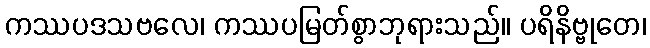
ကဿပဒသဗလေ၊ ကဿပမြတ်စွာဘုရားသည်။ ပရိနိဗ္ဗုတေ၊